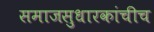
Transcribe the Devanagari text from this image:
समाजसुधारकांचीच